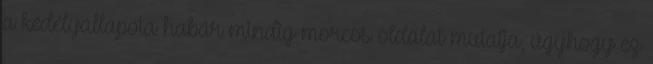
a kedélyállapota habár mindig morcos oldalát mutatja, úgyhogy ez